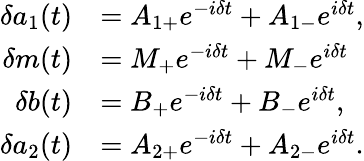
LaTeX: \begin{array}{rl}{\delta a_{1}(t)}&{=A_{1+}e^{-i\delta t}+A_{1-}e^{i\delta t},}\\ {\delta m(t)}&{=M_{+}e^{-i\delta t}+M_{-}e^{i\delta t}}\\ {\delta b(t)}&{=B_{+}e^{-i\delta t}+B_{-}e^{i\delta t},}\\ {\delta a_{2}(t)}&{=A_{2+}e^{-i\delta t}+A_{2-}e^{i\delta t}.}\end{array}